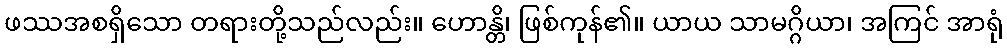
ဖဿအစရှိသော တရားတို့သည်လည်း။ ဟောန္တိ၊ ဖြစ်ကုန်၏။ ယာယ သာမဂ္ဂိယာ၊ အကြင် အာရုံ